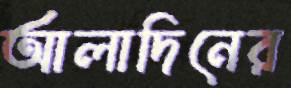
আলাদিনের